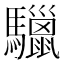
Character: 𩧆